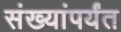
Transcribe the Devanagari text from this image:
संख्यांपर्यंत